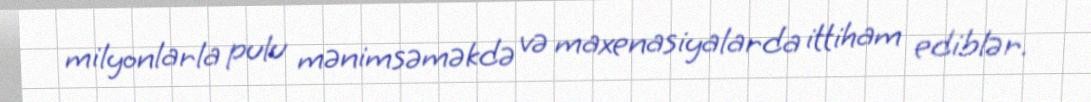
milyonlarla pulu mənimsəməkdə və maxenasiyalarda ittiham ediblər.